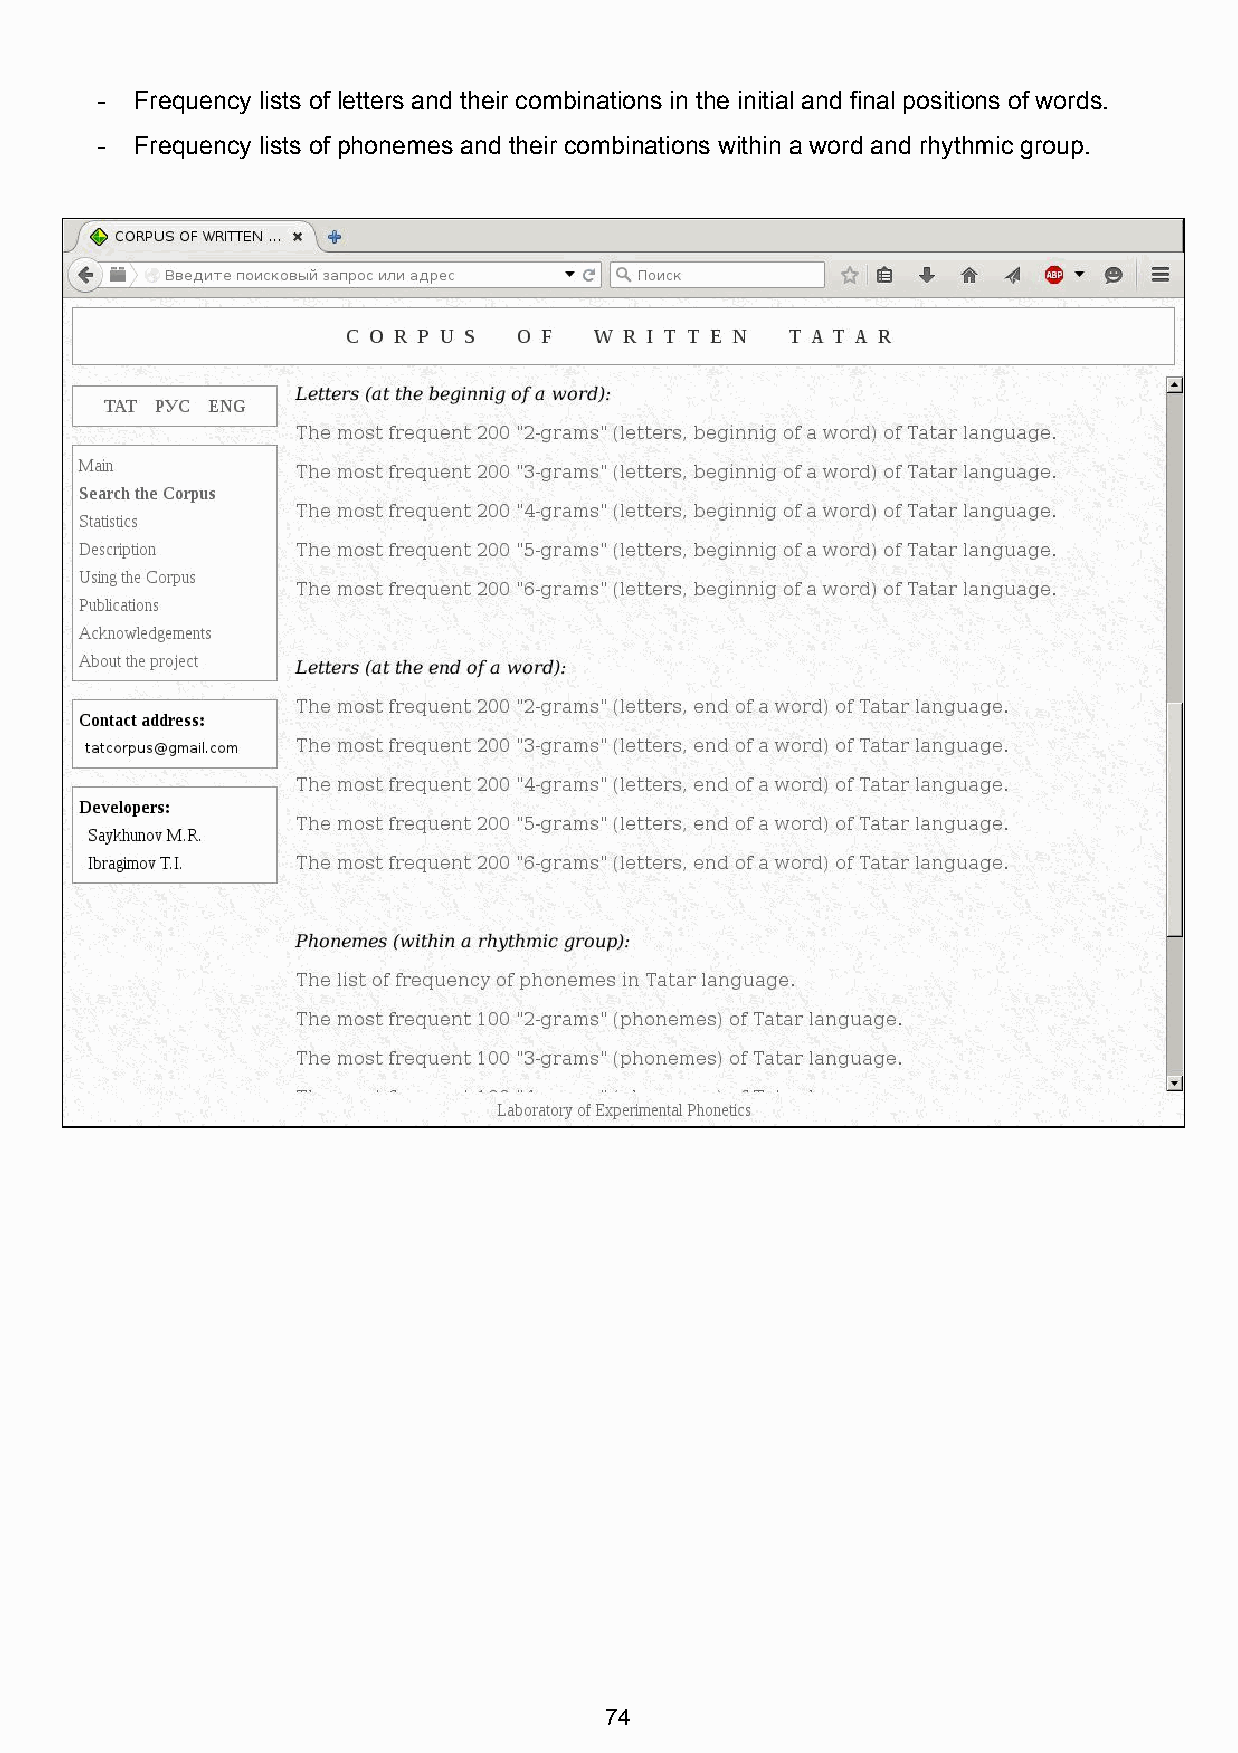
­  Frequency lists of letters and their combinations in the initial and final positions of words.
 ­  Frequency lists of phonemes and their combinations within a word and rhythmic group.
 74